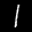
Label: 1